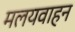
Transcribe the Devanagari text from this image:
मलयवाहन